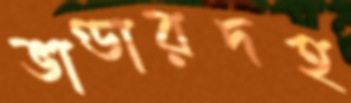
ভাণ্ডারদহ